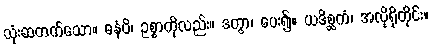
သုံးဆတက်သော။ ဓနံပိ၊ ဥစ္စာကိုလည်း။ ဒတွာ၊ ပေး၍။ ယဒိစ္ဆကံ၊ အလိုရှိတိုင်း။